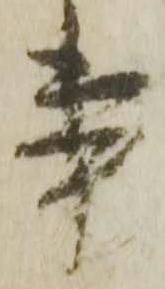
事